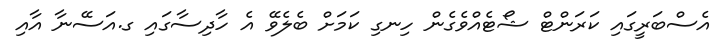
އެސްބަރީގައި ކަރަންޓް ޝޯޓެއްވެގެން ހިނގި ކަމަށް ބެލެވޭ އެ ހާދިސާގައި ގ.އަސޭނާ އާއި